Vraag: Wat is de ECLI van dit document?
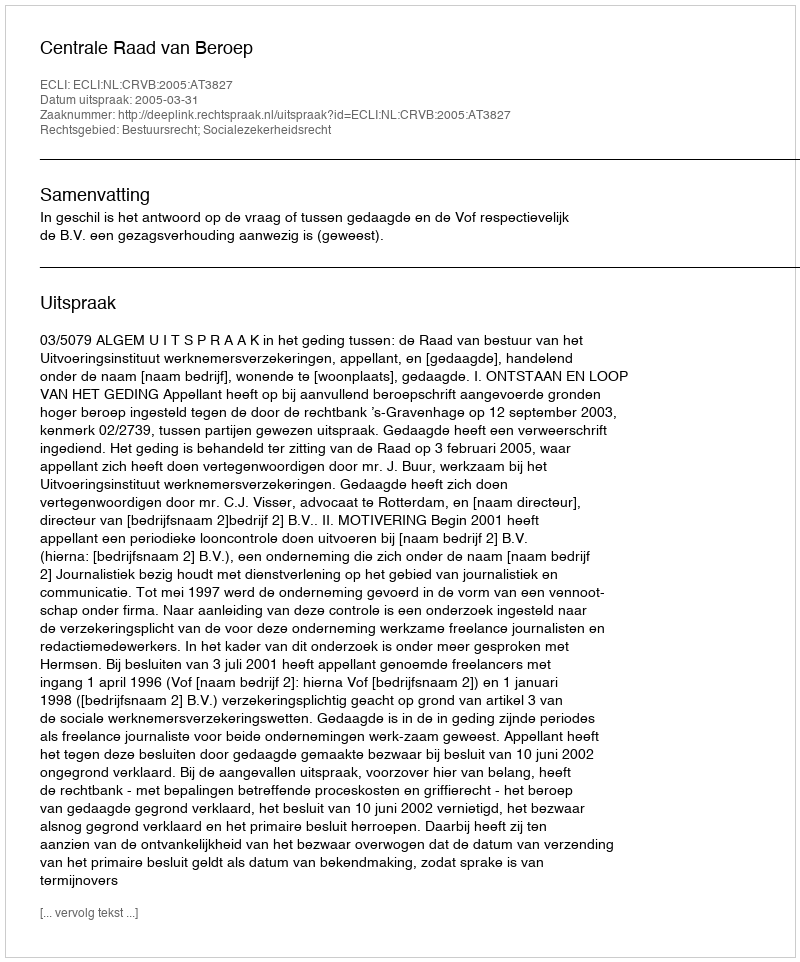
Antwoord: ECLI:NL:CRVB:2005:AT3827